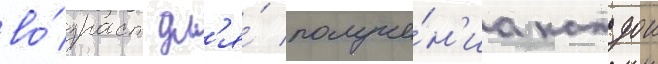
во́зраст дл'я́ получе́н'иа каждои